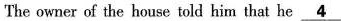
The owner of the house told him that he \underline{4}